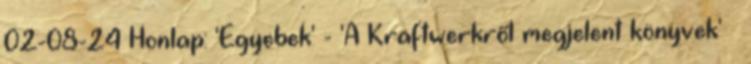
02-08-24 Honlap: 'Egyebek' - 'A Kraftwerkről megjelent könyvek' »